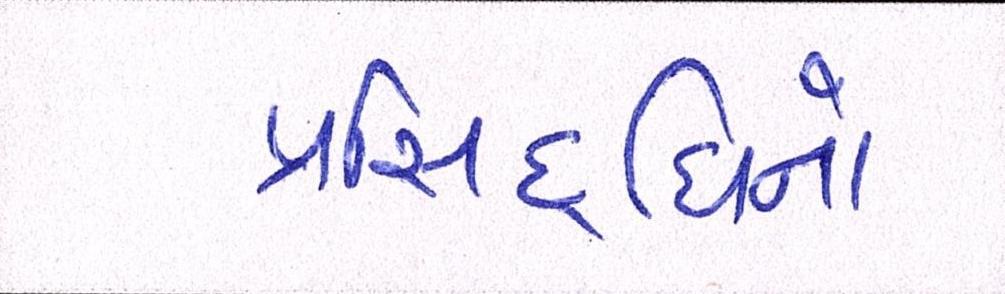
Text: પ્રસિદ્ધિનો